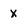
Character: x